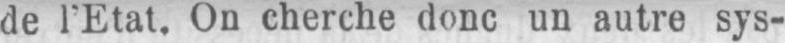
de l’Etat. On cherche donc un autre sys-